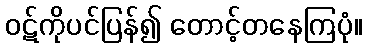
ဝဋ်ကိုပင်ပြန်၍ တောင့်တနေကြပုံ။